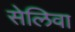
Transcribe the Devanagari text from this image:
सेलिवा